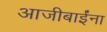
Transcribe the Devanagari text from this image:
आजीबाईंना